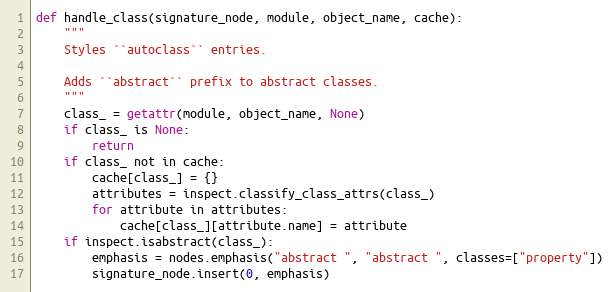
Language: Python
def handle_class(signature_node, module, object_name, cache):
    """
    Styles ``autoclass`` entries.

    Adds ``abstract`` prefix to abstract classes.
    """
    class_ = getattr(module, object_name, None)
    if class_ is None:
        return
    if class_ not in cache:
        cache[class_] = {}
        attributes = inspect.classify_class_attrs(class_)
        for attribute in attributes:
            cache[class_][attribute.name] = attribute
    if inspect.isabstract(class_):
        emphasis = nodes.emphasis("abstract ", "abstract ", classes=["property"])
        signature_node.insert(0, emphasis)